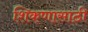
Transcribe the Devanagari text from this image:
शिकणासाठी